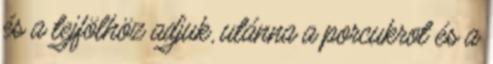
és a tejfölhöz adjuk, utánna a porcukrot és a